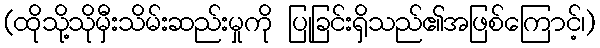
(ထိုသို့သိုမှီးသိမ်းဆည်းမှုကို ပြုခြင်းရှိသည်၏အဖြစ်ကြောင့်၊)